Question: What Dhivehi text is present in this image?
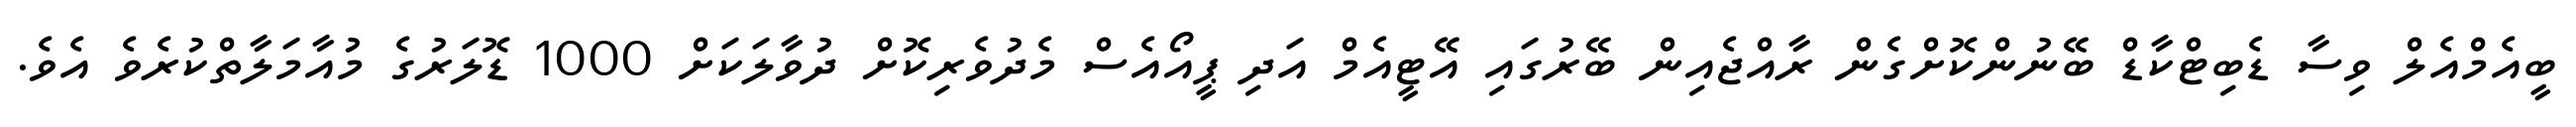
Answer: ބީއެމްއެލް ވިސާ ޑެބިޓްކާޑް ބޭނުންކޮށްގެން ރާއްޖެއިން ބޭރުގައި އޭޓީއެމް އަދި ޕީއޯއެސް މެދުވެރިކޮށް ދުވާލަކަށް 1000 ޑޮލަރުގެ މުއާމަލާތްކުރެވެ އެވެ.